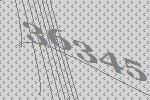
36345